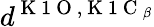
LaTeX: d^{\mathrm{~K~1~O~},\mathrm{~K~1~C~}_{\beta}}